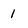
Character: 1